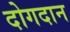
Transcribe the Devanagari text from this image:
दोगदान